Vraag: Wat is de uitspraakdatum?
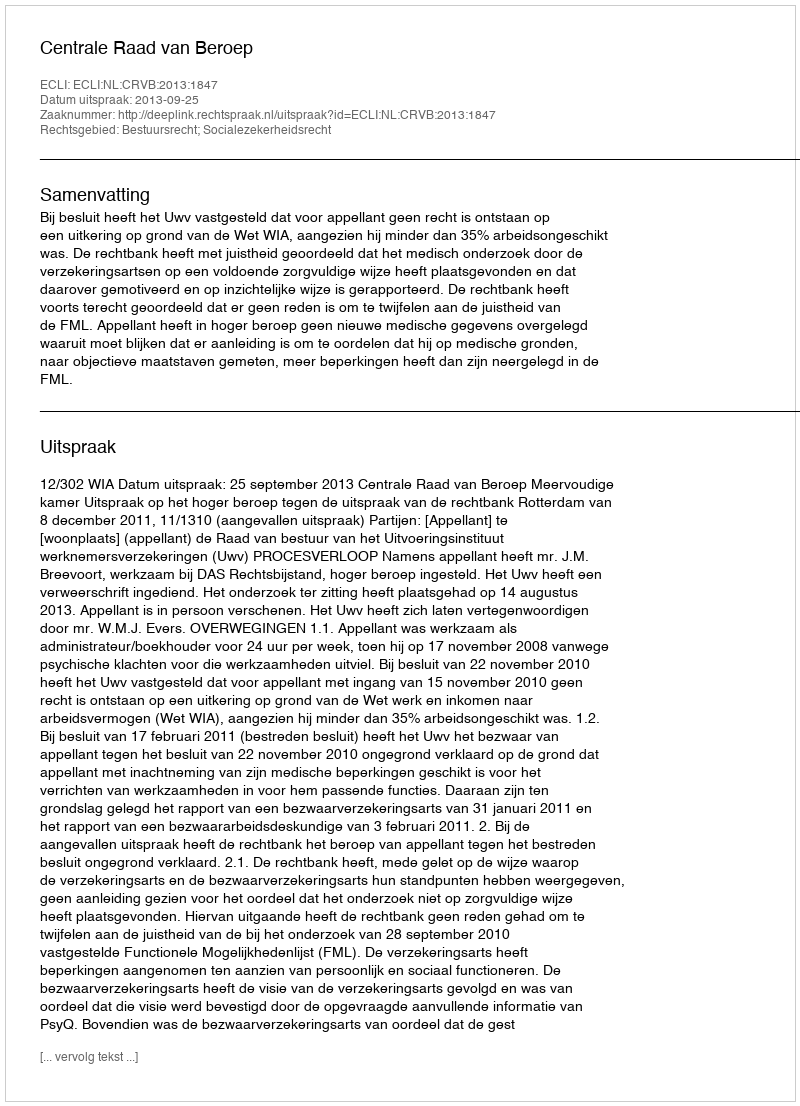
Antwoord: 2013-09-25